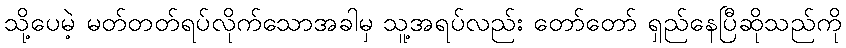
သို့ပေမဲ့ မတ်တတ်ရပ်လိုက်သောအခါမှ သူ့အရပ်လည်း တော်တော် ရှည်နေပြီဆိုသည်ကို